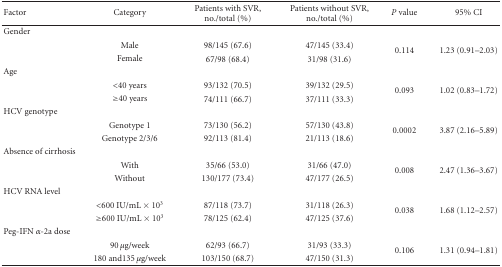
| Factor | Category | Patients with SVR, no./total (%) | Patients without SVR, no./total (%) | P value | 95% CI |
 | --- | --- | --- | --- | --- | --- |
 | Gender |  |  |  |  |  |
 |  | Male | 98/145 (67.6) | 47/145 (33.4) | <ROWSPAN=2> 0.114 | <ROWSPAN=2> 1.23 (0.91–2.03) |
 |  | Female | 67/98 (68.4) | 31/98 (31.6) |
 | Age |  |  |  |  |  |
 |  | <40 years | 93/132 (70.5) | 39/132 (29.5) | <ROWSPAN=2> 0.093 | <ROWSPAN=2> 1.02 (0.83–1.72) |
 |  | ≥40 years | 74/111 (66.7) | 37/111 (33.3) |
 | HCV genotype |  |  |  |  |  |
 |  | Genotype 1 | 73/130 (56.2) | 57/130 (43.8) | <ROWSPAN=2> 0.0002 | <ROWSPAN=2> 3.87 (2.16–5.89) |
 |  | Genotype 2/3/6 | 92/113 (81.4) | 21/113 (18.6) |
 | Absence of cirrhosis |  |  |  |  |  |
 |  | With | 35/66 (53.0) | 31/66 (47.0) | <ROWSPAN=2> 0.008 | <ROWSPAN=2> 2.47 (1.36–3.67) |
 |  | Without | 130/177 (73.4) | 47/177 (26.5) |
 | HCV RNA level |  |  |  |  |  |
 |  | <600 IU/mL × 103 | 87/118 (73.7) | 31/118 (26.3) | <ROWSPAN=2> 0.038 | <ROWSPAN=2> 1.68 (1.12–2.57) |
 |  | ≥600 IU/mL × 103 | 78/125 (62.4) | 47/125 (37.6) |
 | Peg-IFN α-2a dose |  |  |  |  |  |
 |  | 90 μg/week | 62/93 (66.7) | 31/93 (33.3) | <ROWSPAN=2> 0.106 | <ROWSPAN=2> 1.31 (0.94–1.81) |
 |  | 180 and135 μg/week | 103/150 (68.7) | 47/150 (31.3) |